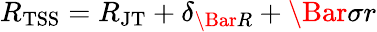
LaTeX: R_{\mathrm{TSS}}=R_{\mathrm{JT}}+\delta_{\Bar{R}}+\Bar{\sigma}r